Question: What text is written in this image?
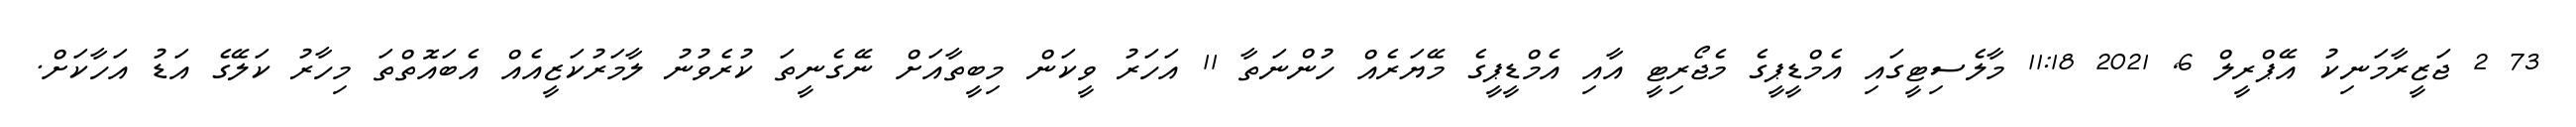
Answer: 73 2 ޖަޒީރާމަނިކު އޭޕްރީލް 6, 2021 11:18 މާލެސިޓީގައި އެމްޑީޕީގެ މެޖޯރިޓީ އާއި އެމްޑީޕީގެ މޭޔަރެއް ހުންނަތާ 11 އަހަރު ވީކަން މިބީތާއަށް ނޭގެނީތަ ކުރެވުނު ލާމަރުކަޒީއެއް އެބައޮތްތަ މިހާރު ކަލޭގެ އަޑު އަހާކަށް.